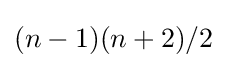
(n-1)(n+2)/2